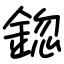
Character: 鍃